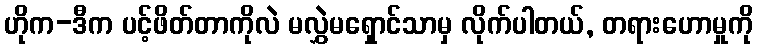
ဟိုက-ဒီက ပင့်ဖိတ်တာကိုလဲ မလွှဲမရှောင်သာမှ လိုက်ပါတယ်, တရားဟောမှုကို